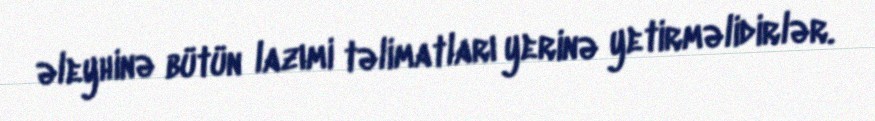
əleyhinə bütün lazımi təlimatları yerinə yetirməlidirlər.